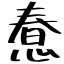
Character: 惷